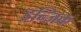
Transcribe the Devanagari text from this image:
ड्रन्जिक